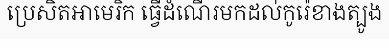
ប្រេសិតអាមេរិក ធ្វើដំណើរមកដល់កូរ៉េខាងត្បូង